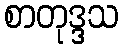
စာတုဒ္ဒသ